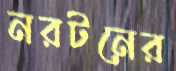
নরটনের